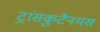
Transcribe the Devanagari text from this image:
ट्रांसकुटैनयस